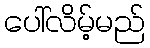
ပေါ်လိမ့်မည်